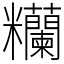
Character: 糷